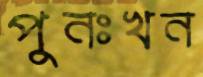
পুনঃখন